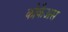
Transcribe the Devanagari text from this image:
कोकैअस